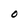
Character: O